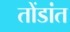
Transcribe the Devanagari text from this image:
तोंडांत